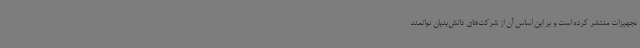
تجهیزات منتشر کرده است و بر این اساس آن از شرکت‌های دانش‌بنیان توانمند